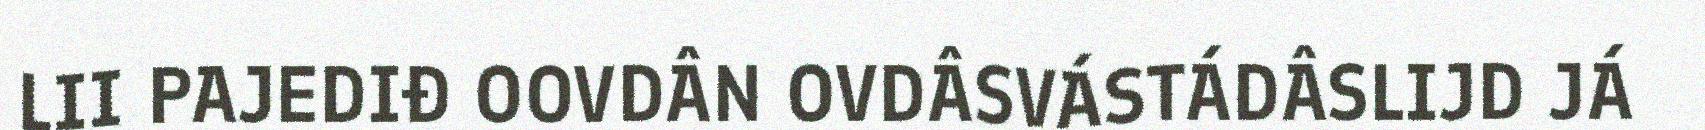
LII PAJEDIĐ OOVDÂN OVDÂSVÁSTÁDÂSLIJD JÁ